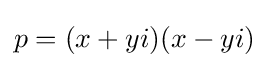
p=(x+yi)(x-yi)